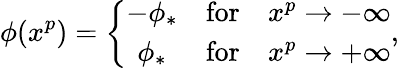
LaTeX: \phi(x^{p})=\left\{ \begin{array}{ccc}{{-\phi_{*}}}&{{\mathrm{for}}}&{{x^{p}\to-\infty}}\\ {{\phi_{*}}}&{{\mathrm{for}}}&{{x^{p}\to+\infty}}\end{array}\right.,